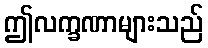
ဤလက္ခဏာများသည်